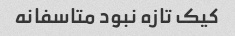
کیک تازه نبود متاسفانه